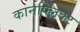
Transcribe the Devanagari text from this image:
कानफ्लिक्ट